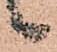
候